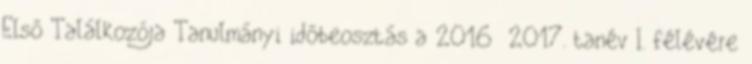
Első Találkozója Tanulmányi időbeosztás a 2016 2017. tanév I. félévére